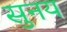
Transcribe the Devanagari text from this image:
सुनय